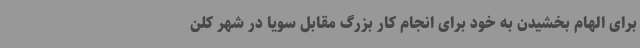
برای الهام بخشیدن به خود برای انجام کار بزرگ مقابل سویا در شهر کلن